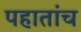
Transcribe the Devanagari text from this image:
पहातांच